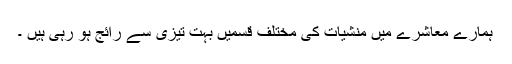
ہمارے معاشرے میں منشیات کی مختلف قسمیں بہت تیزی سے رائج ہو رہی ہیں ۔